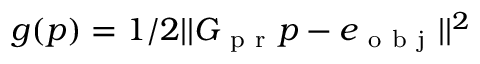
g ( p ) = 1 / 2 | | G _ { \mathrm { ~ p ~ r ~ } } p - e _ { \mathrm { ~ o ~ b ~ j ~ } } | | ^ { 2 }